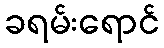
ခရမ်းရောင်